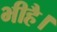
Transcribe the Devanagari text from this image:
भीहै।